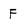
Character: F